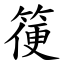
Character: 箯